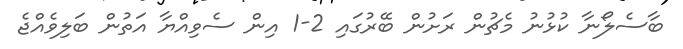
ބާސެލޯނާ ކުޅުނު މެޗުން ރަށުން ބޭރުގައި 2-1 އިން ސެވިއްޔާ އަތުން ބަލިވެއްޖެ